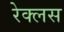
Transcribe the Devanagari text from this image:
रेक्लस